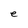
Character: e